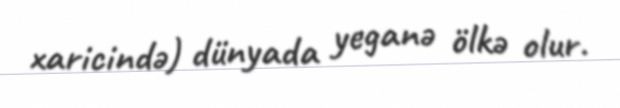
xaricində) dünyada yeganə ölkə olur.